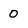
Character: 0